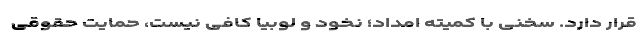
قرار دارد. سخنی با کمیته امداد؛ نخود و لوبیا کافی نیست، حمایت حقوقی